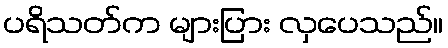
ပရိသတ်က များပြား လှပေသည်။